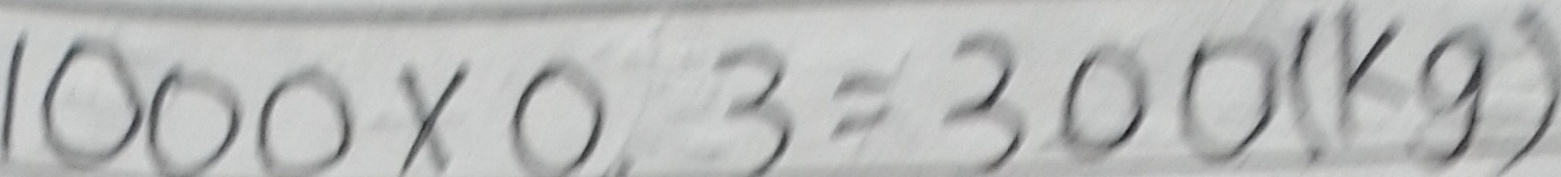
1 0 0 0 \times 0 . 3 = 3 0 0 ( k g )